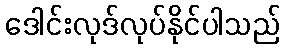
ဒေါင်းလုဒ်လုပ်နိုင်ပါသည်